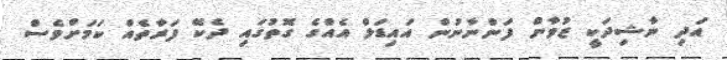
އަދި ނާޝިދަކީ ޒުވާން ފަންނާނުން އައިޑަލް އެއްގެ ގޮތުގައި ދެކޭ ފަރާތެއް ކަމަށްވެސް